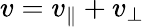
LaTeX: v=v_{\parallel}+v_{\perp}